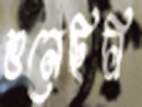
শুনেছিলি